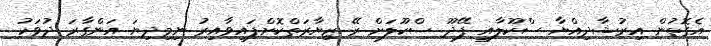
އެގޮތުން އިރުޝާދިއްޔާ ސްކޫލާއި ފޭދޫ ސްކޫލަށް ރޭ ޒިޔާރަތްކޮށްފައިވާއިރު ނިމިދިޔަ އަންގާރަ ދުވަހު